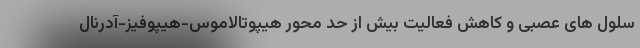
سلول های عصبی و کاهش فعالیت بیش از حد محور هیپوتالاموس-هیپوفیز-آدرنال